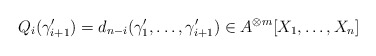
\begin{align*}Q_i(\gamma_{i+1}') = d_{n-i}(\gamma_1',\ldots, \gamma_{i+1}') \in A^{\otimes m}[X_1,\ldots, X_n] \end{align*}